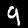
Digit: 9